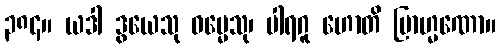
၃၈၄။ ယဒါ ဒွယေသု ဓမ္မေသု၊ ပါရဂူ ဟောတိ ဗြာဟ္မဏော။